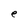
Character: e